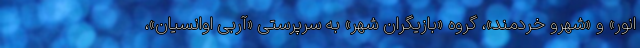
انور» و «شهرو خردمند»، گروه «بازیگران شهر» به سرپرستی «آربی اوانسیان»،